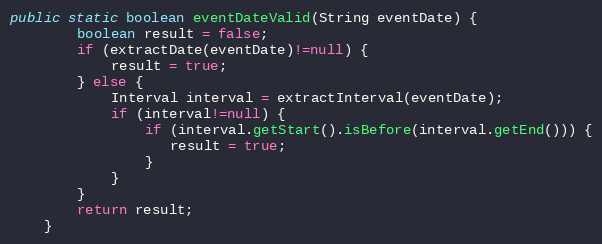
Language: Java
public static boolean eventDateValid(String eventDate) {
    	boolean result = false;
    	if (extractDate(eventDate)!=null) {
    		result = true;
    	} else {
    		Interval interval = extractInterval(eventDate);
    		if (interval!=null) {
    			if (interval.getStart().isBefore(interval.getEnd())) {
    			   result = true;
    			}
    		}
    	}
    	return result;
    }